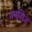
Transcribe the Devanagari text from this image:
मनसिज